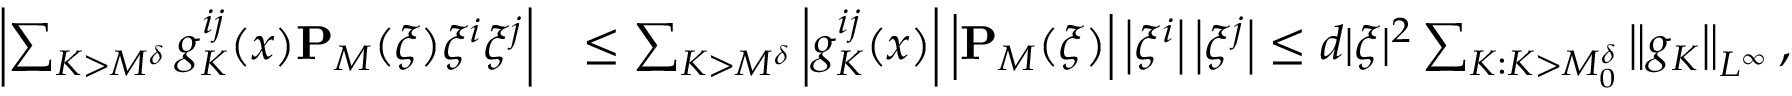
\begin{array} { r l } { \left\vert \sum _ { K > M ^ { \delta } } g _ { K } ^ { i j } ( x ) \mathbf { P } _ { M } ( \xi ) \xi ^ { i } \xi ^ { j } \right\vert } & { \leq \sum _ { K > M ^ { \delta } } \left| g _ { K } ^ { i j } ( x ) \right| \Big | \mathbf { P } _ { M } ( \xi ) \Big | \left| \xi ^ { i } \right| \left| \xi ^ { j } \right| \leq d | \xi | ^ { 2 } \sum _ { K : K > M _ { 0 } ^ { \delta } } \left\| g _ { K } \right\| _ { L ^ { \infty } } , } \end{array}